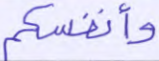
وأنفسكم